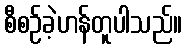
စီစဉ်ခဲ့ဟန်တူပါသည်။